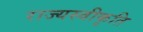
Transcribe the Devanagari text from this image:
राज्यस्वीकृति